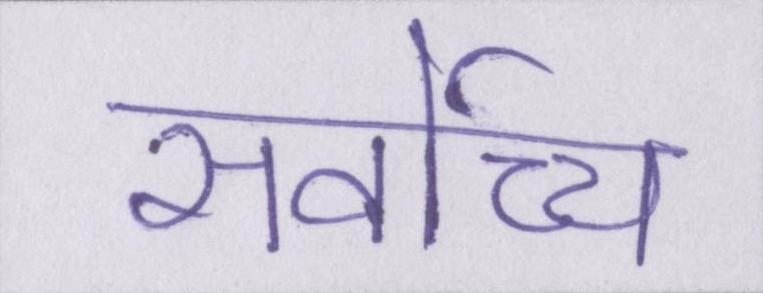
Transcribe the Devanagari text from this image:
सर्वोच्च